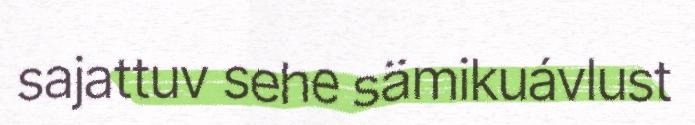
sajattuv sehe sämikuávlust